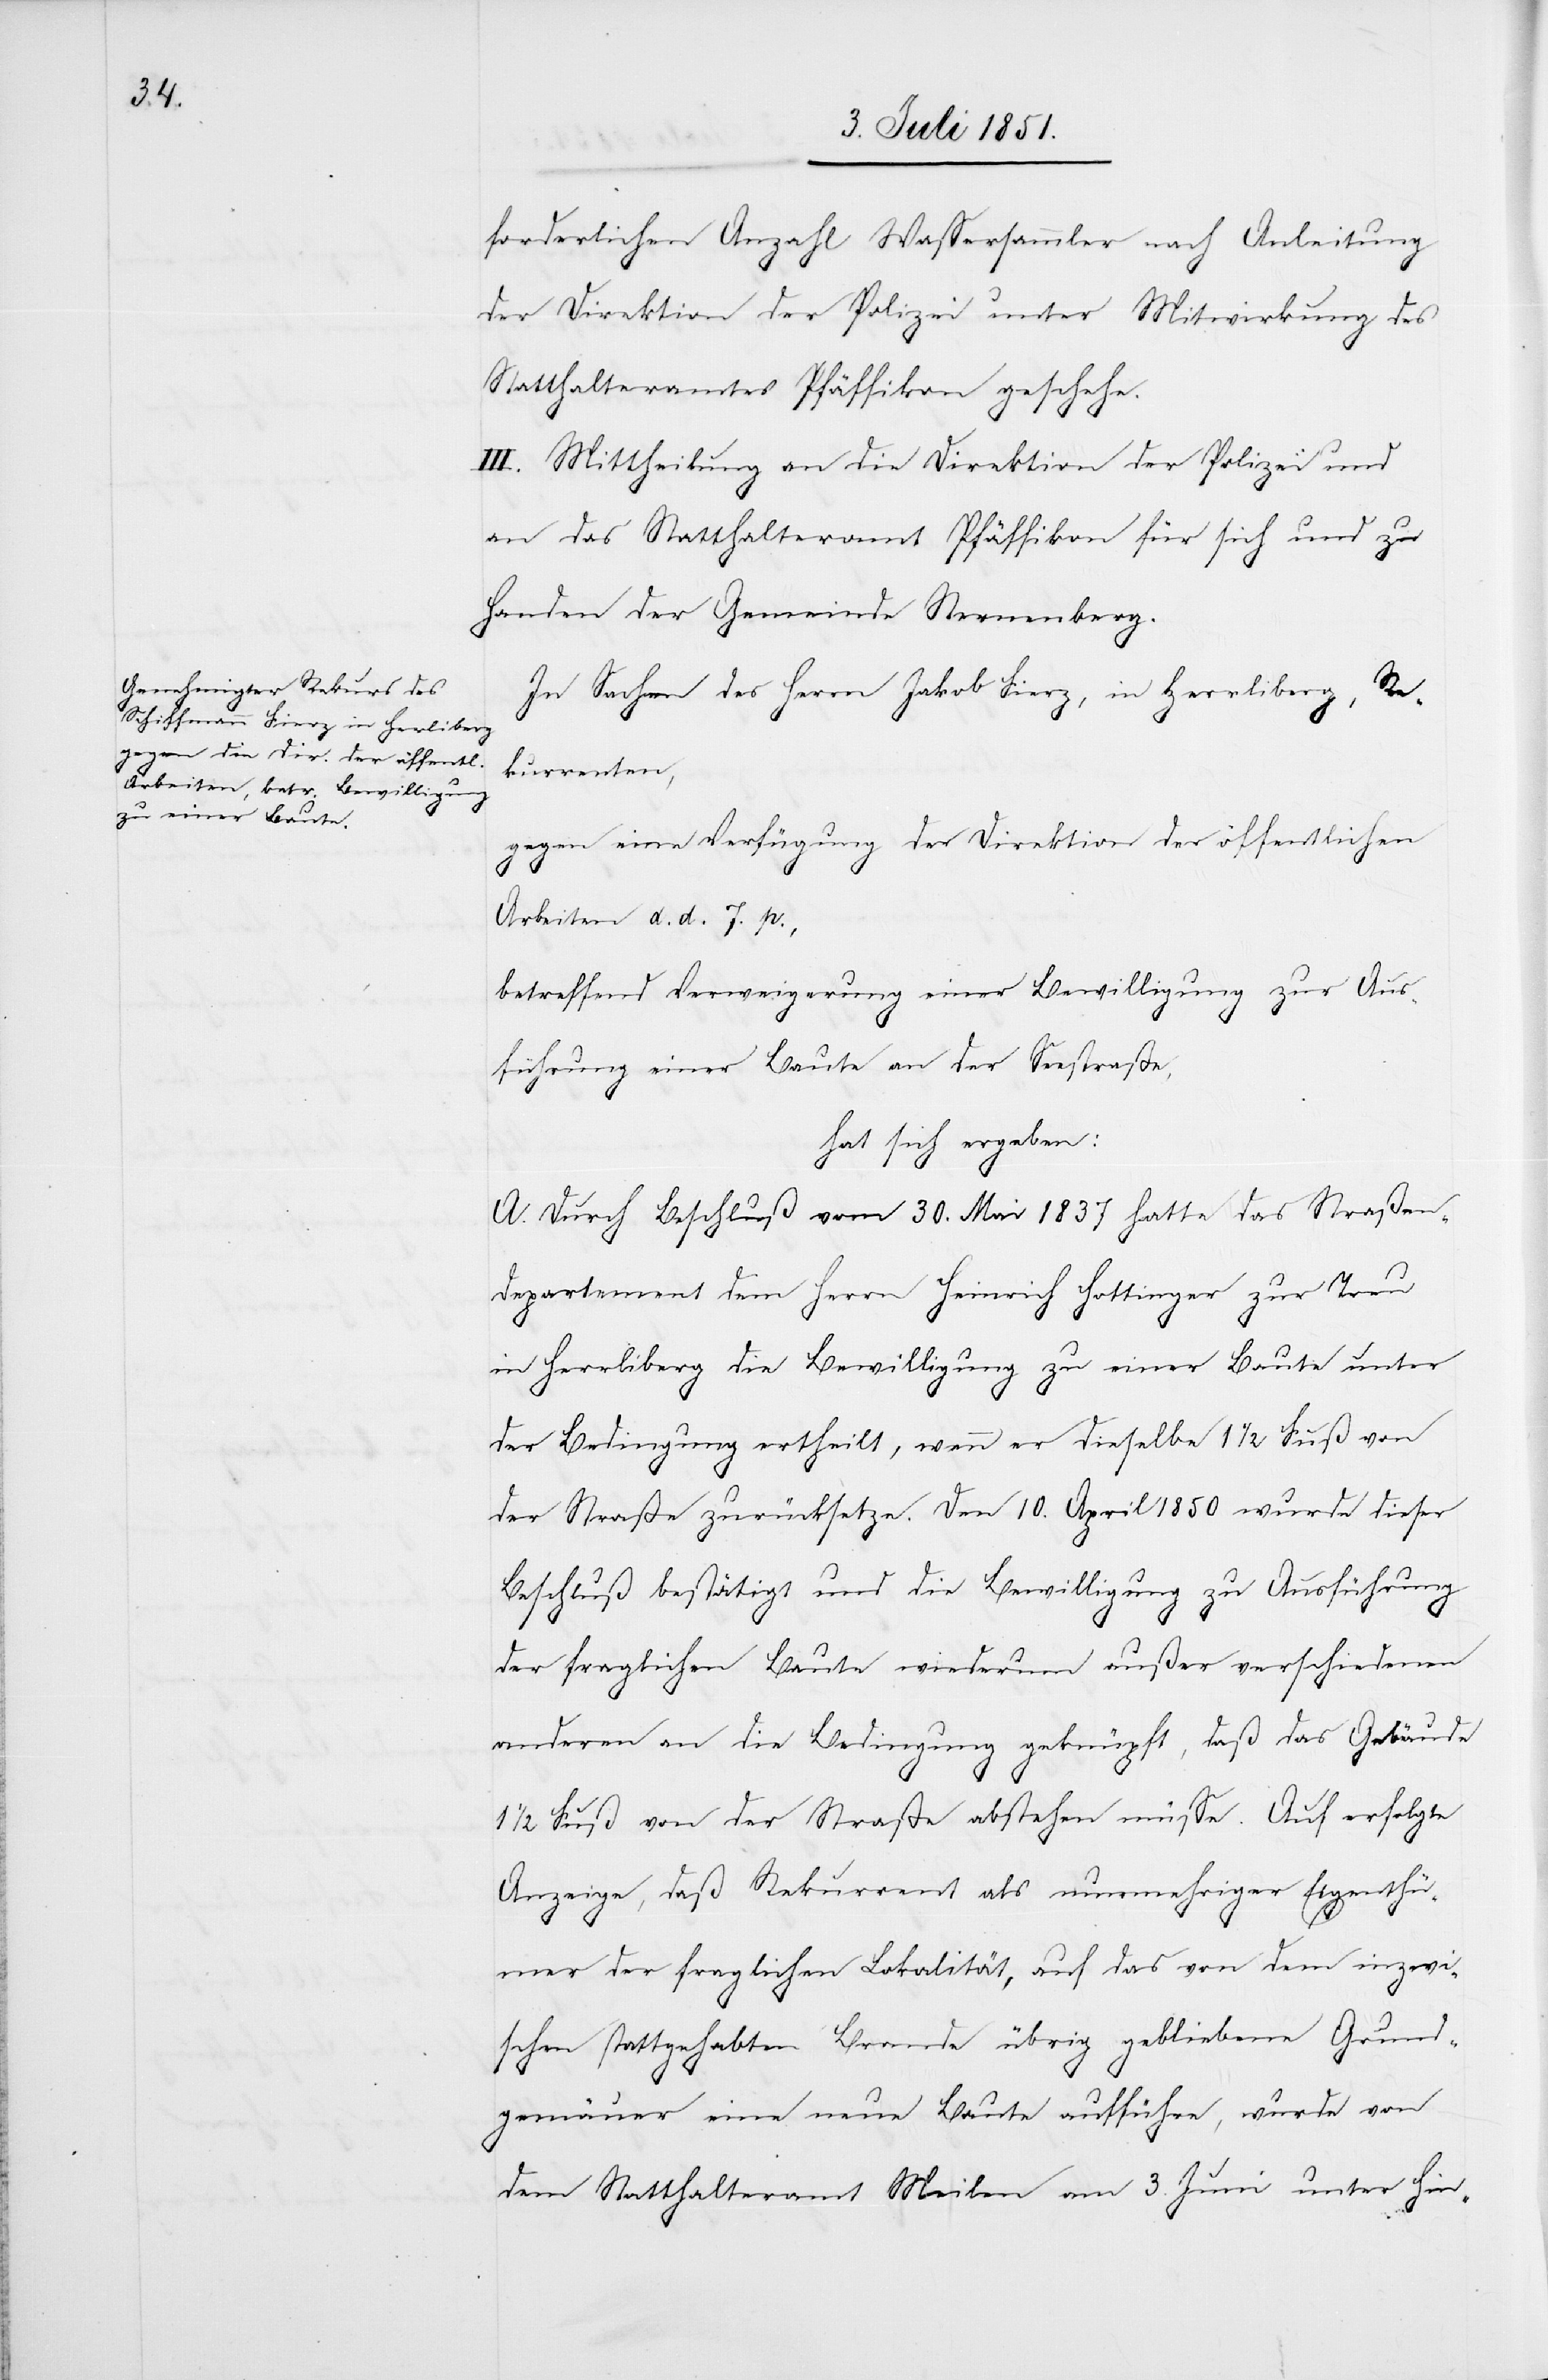
forderlichen Anzahl Wassersammler nach Anleitung
der Direktion der Polizei unter Mitwirkung des
Statthalteramtes Pfäffikon geschehe.
III. Mittheilung an die Direktion der Polizei und
an das Statthalteramt Pfäffikon für sich und zu
Handen der Gemeinde Sternenberg.
In Sachen des Herrn Jakob Fierz, in Herrliberg, Re¬
kurrenten,
gegen eine Verfügung der Direktion der öffentlichen
Arbeiten d. d. 7. p.,
betreffend Verweigerung einer Bewilligung zur Aus¬
führung einer Baute an der Seestraße,
hat sich ergeben:
A. Durch Beschluß vom 30. Mai 1837 hatte das Straßen¬
departement dem Herrn Heinrich Hottinger zur Treu
in Herrliberg die Bewilligung zu einer Baute unter
der Bedingung ertheilt, wenn er dieselbe 1 1/2 Fuß von
der Straße zurücksetze. Den 10. April 1850 wurde dieser
Beschluß bestätigt und die Bewilligung zu Ausführung
der fraglichen Baute wiederum außer verschiedenen
anderen an die Bedingung geknüpft, daß das Gebäude
1/2 Fuß von der Straße abstehen müsse. Auf erfolgte
Anzeige, daß Rekurrent als nunmehriger Eigenthü¬
mer der fraglichen Lokalität, auf das von dem inzwi¬
schen stattgehabten Brande übrig gebliebene Grund¬
gemäuer eine neue Baute aufführe, wurde von
dem Statthalteramt Meilen am 3. Juni unter Hin-